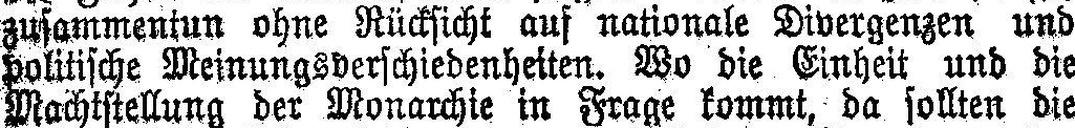
zusammentun ohne Rücksicht auf nationale Divergenzen und